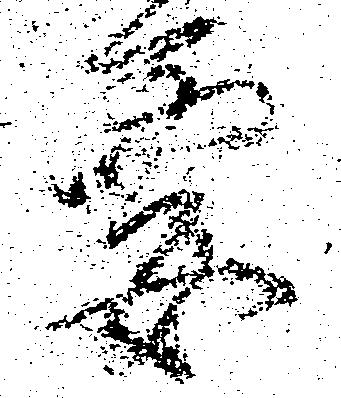
要